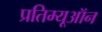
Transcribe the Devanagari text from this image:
प्रतिम्यूऑन